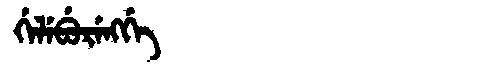
Manchu: ᡤᡝᠯᡝᠪᡠᡵᡝᠩᡤᡝ
Romanization: GELEBURENGGE